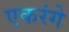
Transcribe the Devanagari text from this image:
एकरंगे